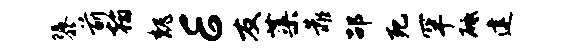
隳前翰魏E友蕖靠劭死罕砥建